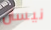
نيسان